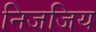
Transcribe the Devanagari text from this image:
निजजिय